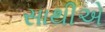
સાથીએ